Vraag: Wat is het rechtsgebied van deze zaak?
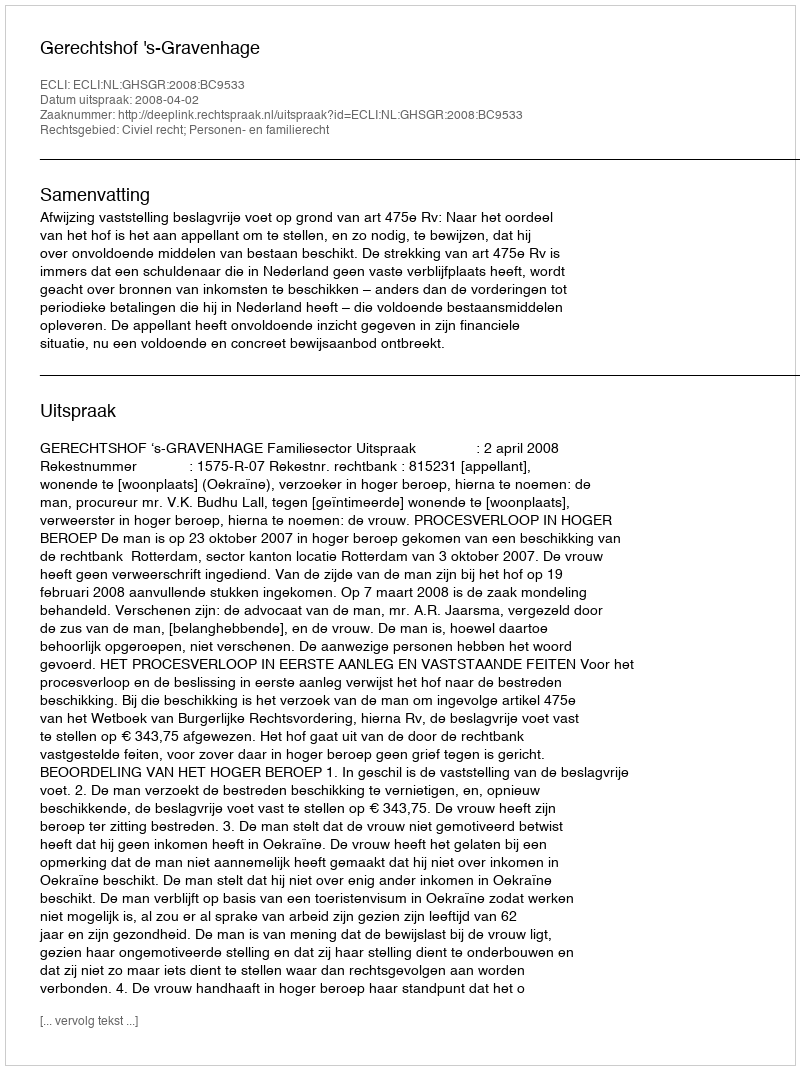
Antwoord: Civiel recht; Personen- en familierecht